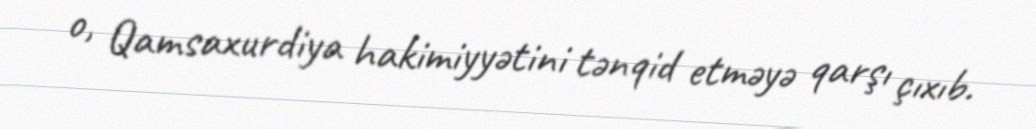
o, Qamsaxurdiya hakimiyyətini tənqid etməyə qarşı çıxıb.